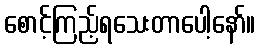
စောင့်ကြည့်ရသေးတာပေါ့နော်။